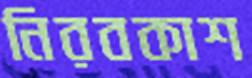
নিরবকাশ